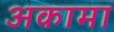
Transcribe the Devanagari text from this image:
अकामा